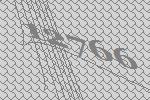
12766